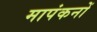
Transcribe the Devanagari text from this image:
मापंकनों